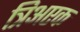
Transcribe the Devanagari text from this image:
त्रिअएक